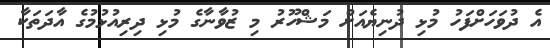
އެ ދުވަހަށްފަހު މުޅި ދުނިޔެއަށް މަޝްހޫރު މި ޒުވާނާގެ މުޅި ދިރިއުޅުމުގެ އާދަތަކާ